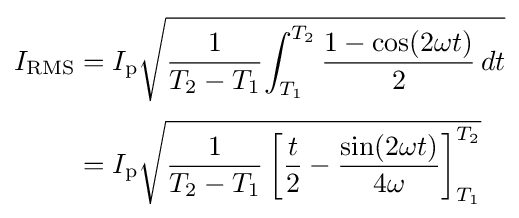
{\begin{aligned}I_{\text{RMS}}&=I_{\text{p}}{\sqrt {{1 \over {T_{2}-T_{1}}}{\int _{T_{1}}^{T_{2}}{1-\cos(2\omega t) \over 2}\,dt}}}\\[3pt]&=I_{\text{p}}{\sqrt {{1 \over {T_{2}-T_{1}}}\left[{t \over 2}-{\sin(2\omega t) \over 4\omega }\right]_{T_{1}}^{T_{2}}}}\end{aligned}}